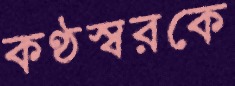
কণ্ঠস্বরকে